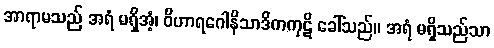
အာရာမသည် အရံ မရှိအံ့၊ ဝိဟာရဂေါနိသာဒိကကုဋိ ခေါ်သည်။ အရံ မရှိသည်သာ